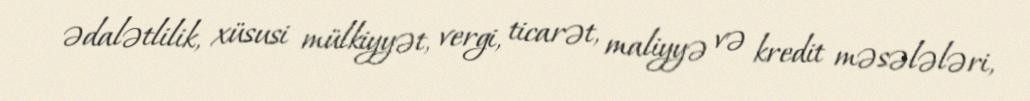
ədalətlilik, xüsusi mülkiyyət, vergi, ticarət, maliyyə və kredit məsələləri,